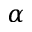
\alpha